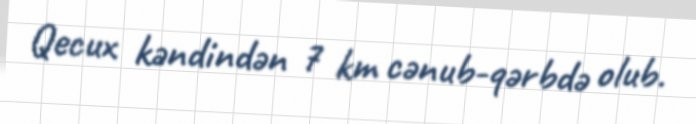
Qecux kəndindən 7 km cənub-qərbdə olub.